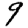
Digit: 9